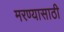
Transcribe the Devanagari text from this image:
मरण्यासाठी